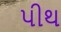
પીથ